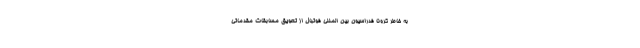
به خاطر کرونا فدراسیون بین المللی فوتبال از تعویق مسابقات مقدماتی